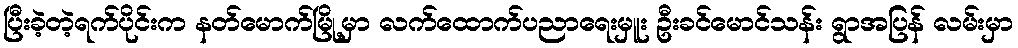
ပြီးခဲ့တဲ့ရက်ပိုင်းက နတ်မောက်မြို့မှာ လက်ထောက်ပညာရေးမှူး ဦးခင်မောင်သန်း ရွာအပြန် လမ်းမှာ